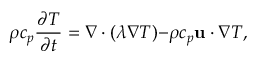
\rho c _ { p } \frac { \partial T } { \partial t } = \nabla \cdot ( \lambda \nabla T ) { - \rho c _ { p } { \bf { u } } \cdot \nabla T } ,